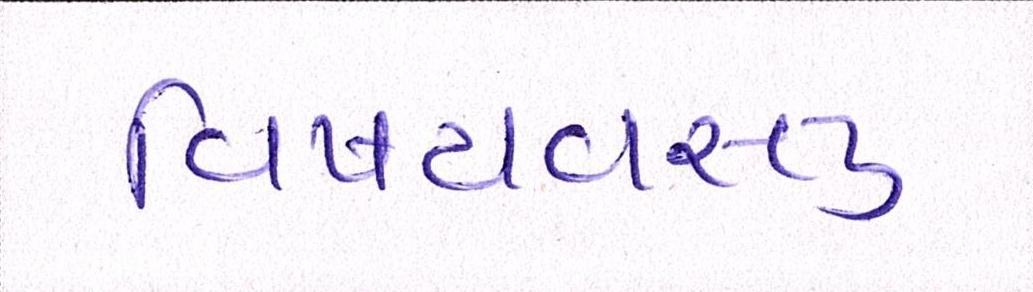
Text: વિષયવસ્તુ